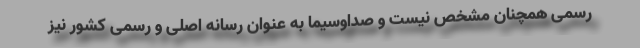
رسمی همچنان مشخص نیست و صداوسیما به عنوان رسانه اصلی و رسمی کشور نیز